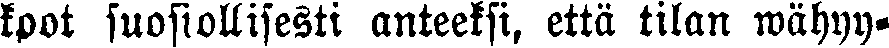
koot suosiollisesti anteeksi, että tilan wähyy-